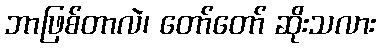
ဘာဖြစ်တာလဲ၊ တော်တော် ဆိုးသလား